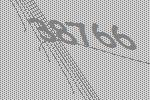
38766